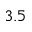
3 . 5